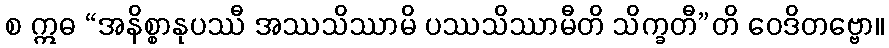
စ ဣဓ “အနိစ္စာနုပဿီ အဿသိဿာမိ ပဿသိဿာမီတိ သိက္ခတီ”တိ ဝေဒိတဗ္ဗော။